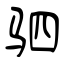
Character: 驷